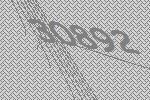
30892